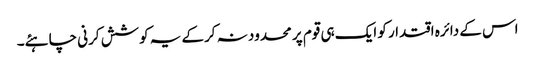
اس کے دائرہ اقتدار کو ایک ہی قوم پر محدود نہ کرکے یہ کوشش کرنی چاہئے۔